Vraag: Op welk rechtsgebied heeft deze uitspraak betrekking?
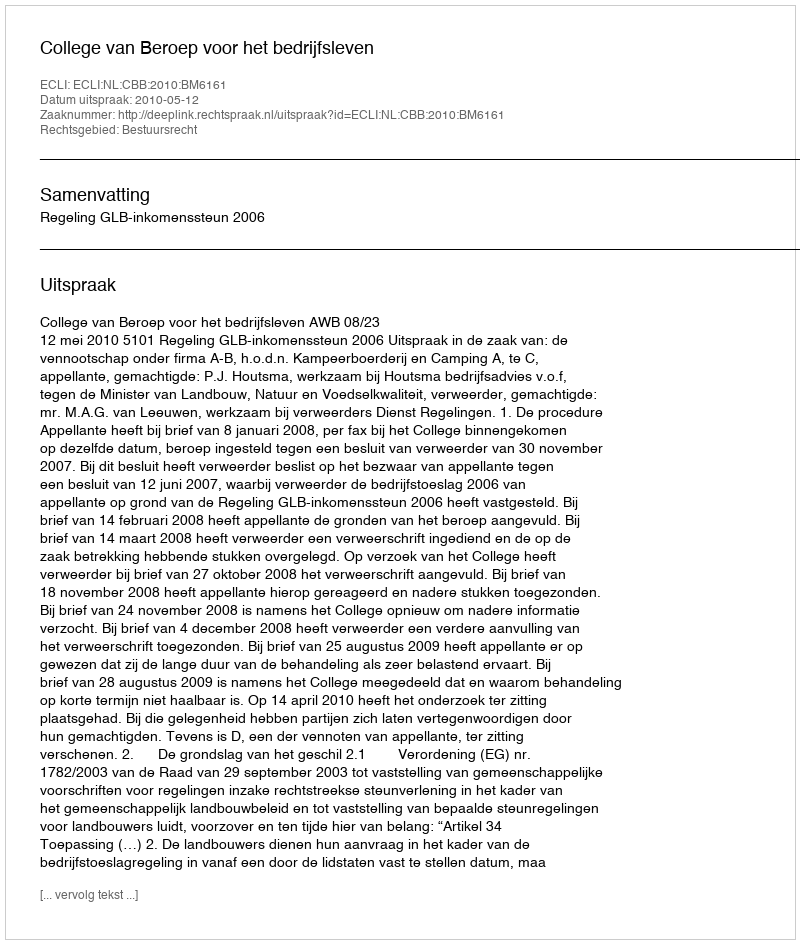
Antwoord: Bestuursrecht